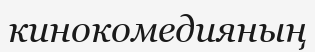
кинокомедияның